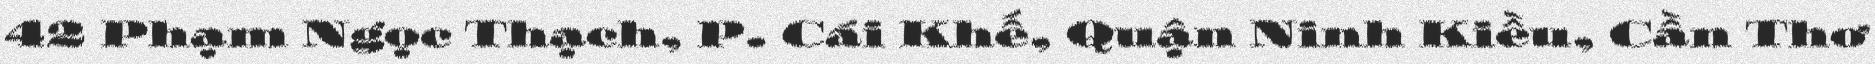
42 Phạm Ngọc Thạch, P. Cái Khế, Quận Ninh Kiều, Cần Thơ